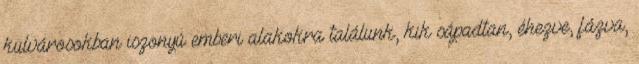
külvárosokban iszonyú emberi alakokra találunk, kik sápadtan, éhezve, fázva,